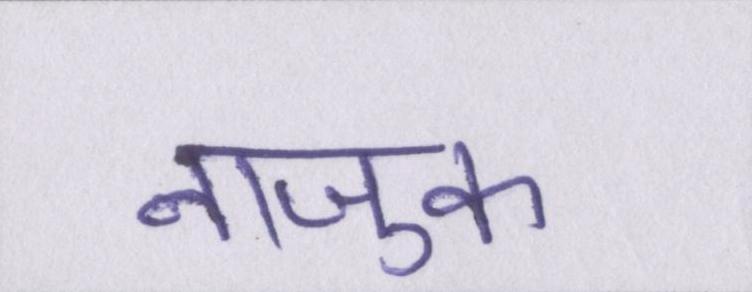
नाजुक